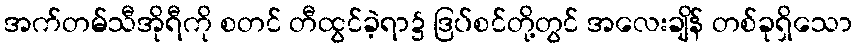
အက်တမ်သီအိုရီကို စတင် တီထွင်ခဲ့ရာ၌ ဒြပ်စင်တို့တွင် အလေးချိန် တစ်ခုရှိသော